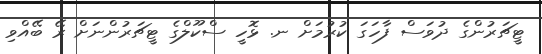
ޓީޗަރުންގެ ދުވަސް ފާހަގަ ކުރުމަށް ނ. ޅޮހީ ސްކޫލްގެ ޓީޗަރުންނަށް ރޭ ބޭއްވި